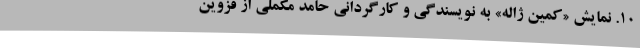
10. نمایش «کمین ژاله» به نویسندگی و کارگردانی حامد مکملی از قزوین